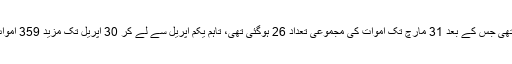
ملک میں کورونا وائرس سے پہلی موت 18 مارچ کو خیبرپختونخوا میں ہوئی تھی جس کے بعد 31 مارچ تک اموات کی مجموعی تعداد 26 ہوگئی تھی، تاہم یکم اپریل سے لے کر 30 اپریل تک مزید 359 اموات ریکارڈ کی گئیں، بعد ازاں مئی میں یہ تعداد 1100 سے تجاوز کرچکی ہے۔